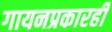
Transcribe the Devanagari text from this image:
गायनप्रकारही